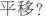
平移?